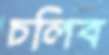
চলিব